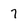
Character: 7